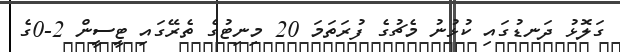
ގަލޮޅު ދަނޑުގައި ކުޅުނު މެޗުގެ ފުރަތަމަ 20 މިނިޓުގެ ތެރޭގައި ޓީސީން 2-0ގެ